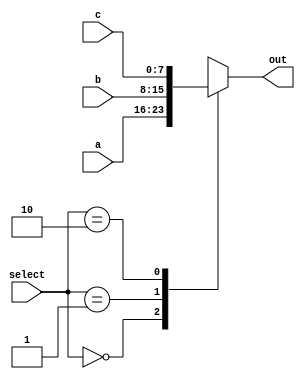
module mux3 #(parameter WIDTH=8) (a, b, c, select, out);
  // select | out
  // 00 | a
  // 01 | b
  // 02 | c
  
	input[1:0] select;
	input [WIDTH-1:0] a,b,c;
	output [WIDTH-1:0] out;
	integer i;

	wire[1:0]  select;
	wire[WIDTH-1:0]a,b,c;
	reg [WIDTH-1:0] out;
	
	always @(select or a or b or c) begin
		case(select)
			2'd0:   out= a;
			2'd1:   out= b;
			2'd2:   out= c;
			default:  out = {WIDTH{1'bX}}; 
		endcase
	end


endmodule